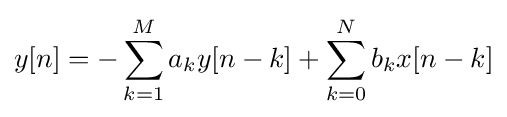
y[n]=-\sum _{k=1}^{M}a_{k}y[n-k]+\sum _{k=0}^{N}b_{k}x[n-k]